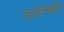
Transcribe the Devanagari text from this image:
लयमेष्यति